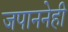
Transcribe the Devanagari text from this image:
जपाननेही